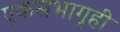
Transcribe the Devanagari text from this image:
एकसभागृही